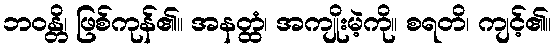
ဘဝန္တိ၊ ဖြစ်ကုန်၏။ အနတ္ထံ၊ အကျိုးမဲ့ကို။ စရတိ၊ ကျင့်၏။